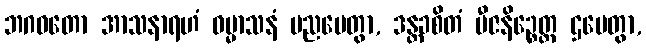
ဘဂဝတော အာသနာရဟံ ဓမ္မာသနံ ပညပေတွာ, ဒန္တခစိတံ ဗီဇနိဉ္စေတ္ထ ဌပေတွာ,